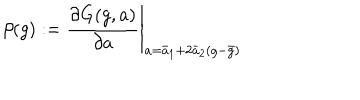
LaTeX: \beta ( g ) : = \left. \frac { \partial G ( g , a ) } { \partial a } \right| _ { a = \bar { a } _ { 1 } + 2 \bar { a } _ { 2 } ( g - \bar { g } ) }